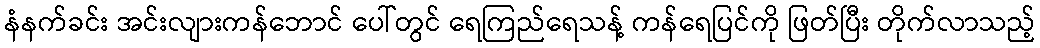
နံနက်ခင်း အင်းလျားကန်ဘောင် ပေါ်တွင် ရေကြည်ရေသန့် ကန်ရေပြင်ကို ဖြတ်ပြီး တိုက်လာသည့်